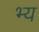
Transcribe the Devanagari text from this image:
भ्य